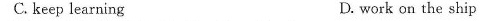
C. keep learning D. work on the ship